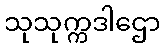
သုသုက္ကဒါဌော